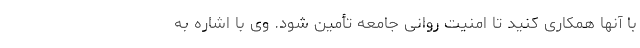
با آنها همکاری کنید تا امنیت روانی جامعه تأمین شود. وی با اشاره به